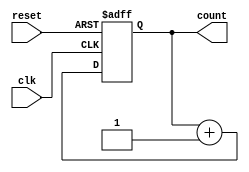
module counter_circuit (
    input wire clk, // clock signal
    input wire reset, // reset signal
    output reg [7:0] count // register to store the count value
);

always @(posedge clk or posedge reset) begin
    if (reset) begin
        count <= 8'b0; // reset count value to zero
    end else begin
        count <= count + 1; // increment count value by one
    end
end

endmodule